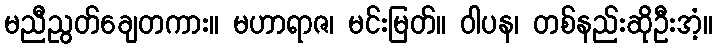
မညီညွတ်ချေတကား။ မဟာရာဇ၊ မင်းမြတ်။ ဝါပန၊ တစ်နည်းဆိုဦးအံ့။